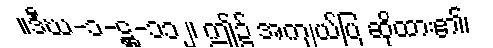
။ဒီဃ-၁-ဋ္ဌ-၁၁၂၊ ဤ၌ အကျယ်ပြ ဆိုထား၏၊